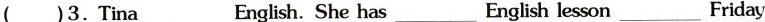
( )3.Tina ___English. She has___ English lesson___ Friday